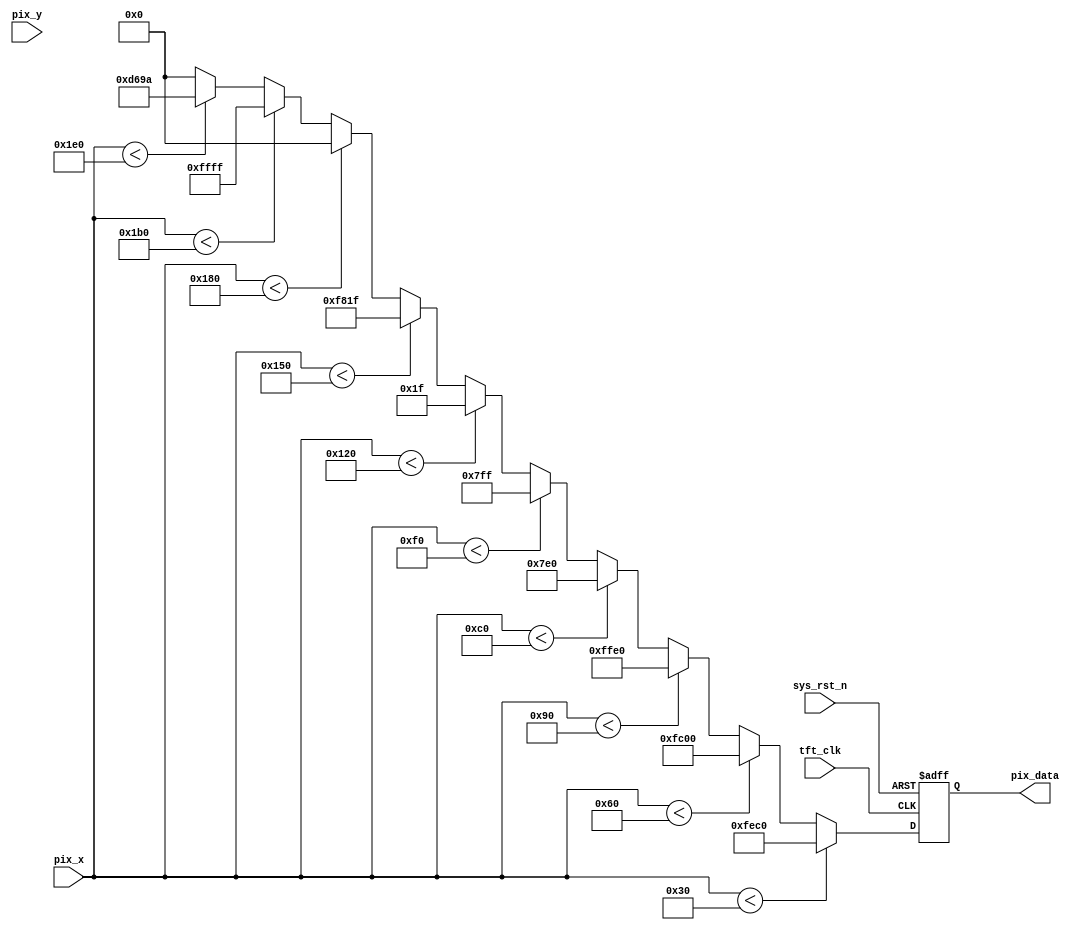
module  tft_pic
(
    input     wire              tft_clk     ,
    input     wire              sys_rst_n   ,
    input     wire     [9:0]    pix_x       ,
    input     wire     [9:0]    pix_y       ,
                       
    output    reg      [15:0]   pix_data    

);

    parameter   H_VALID = 10'd480,
                V_VALID = 10'd272;
                
    parameter   GOLDEN  = 16'hFEC0, 
                ORANGE  = 16'hFC00,
                YELLOW  = 16'hFFE0,
                GREEN   = 16'h07E0,
                CYAN    = 16'h07FF,
                BLUE    = 16'h001F,
                PUPPLE  = 16'hF81F,
                BLACK   = 16'h0000,
                WHITE   = 16'hFFFF,
                GRAY    = 16'hD69A;
                
always@(posedge tft_clk or negedge sys_rst_n)
    if(sys_rst_n == 1'b0)
        pix_data <= BLACK;
    else    if(pix_x < H_VALID/10)
        pix_data <= GOLDEN;        
    else    if(pix_x < H_VALID/10 * 2)
        pix_data <= ORANGE;                
    else    if(pix_x < H_VALID/10 * 3)
        pix_data <= YELLOW;                    
    else    if(pix_x < H_VALID/10 * 4)
        pix_data <= GREEN;        
    else    if(pix_x < H_VALID/10 * 5)
        pix_data <= CYAN;                
    else    if(pix_x < H_VALID/10 * 6)
        pix_data <= BLUE;                 
    else    if(pix_x < H_VALID/10 * 7)
        pix_data <= PUPPLE;                    
    else    if(pix_x < H_VALID/10 * 8)
        pix_data <= BLACK;        
    else    if(pix_x < H_VALID/10 * 9)
        pix_data <= WHITE;                
    else    if(pix_x < H_VALID)
        pix_data <= GRAY;                 
    else
        pix_data <= BLACK;
                
                
endmodule